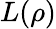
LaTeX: L(\rho)